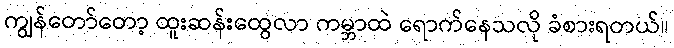
ကျွန်တော်တော့ ထူးဆန်းထွေလာ ကမ္ဘာထဲ ရောက်နေသလို ခံစားရတယ်။